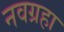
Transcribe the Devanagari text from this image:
नवग्रहा